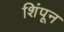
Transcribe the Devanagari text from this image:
शिंपून